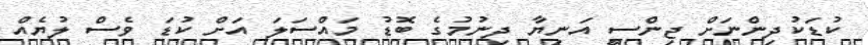
ކުޑަކުދިންނަށް ޖިންސީ އަނިޔާ ދިނުމުގެ ބޮޑު މައްސަލަ އަށް ކުޑަ ވެސް ލުޔެއް